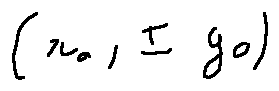
( x _ { 0 } , \pm y _ { 0 } )